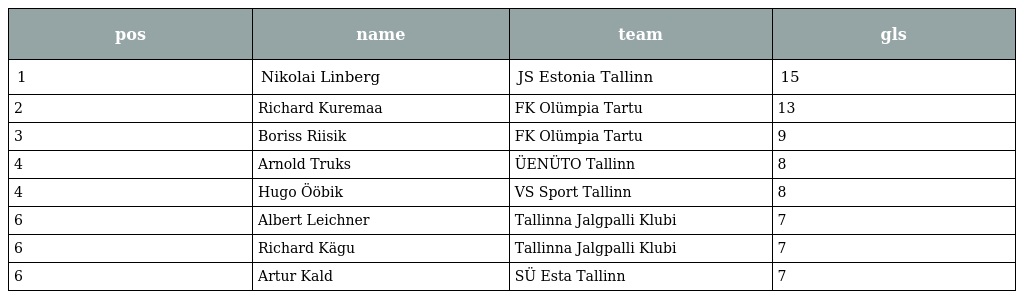
| pos | name | team | gls |
 | --- | --- | --- | --- |
 | 1 | Nikolai Linberg | JS Estonia Tallinn | 15 |
 | 2 | Richard Kuremaa | FK Olümpia Tartu | 13 |
 | 3 | Boriss Riisik | FK Olümpia Tartu | 9 |
 | 4 | Arnold Truks | ÜENÜTO Tallinn | 8 |
 | 4 | Hugo Ööbik | VS Sport Tallinn | 8 |
 | 6 | Albert Leichner | Tallinna Jalgpalli Klubi | 7 |
 | 6 | Richard Kägu | Tallinna Jalgpalli Klubi | 7 |
 | 6 | Artur Kald | SÜ Esta Tallinn | 7 |